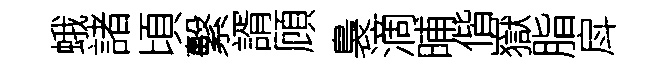
蛾諸頃繫諝頋裊滴晡偕嶽脂戽